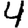
Digit: 4